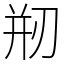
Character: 剏